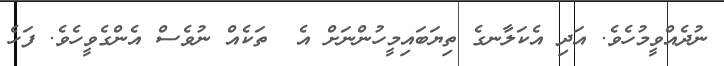
ނުދެއްވީމުހެވެ. އަދި އެކަލާނގެ ތިޔަބައިމީހުންނަށް އެ  ތަކެއް ނުވެސް އެންގެވީހެވެ. ފަހެ